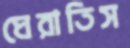
ঘেরাতিস